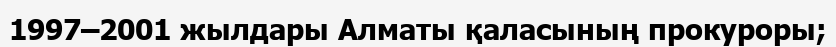
1997–2001 жылдары Алматы қаласының прокуроры;